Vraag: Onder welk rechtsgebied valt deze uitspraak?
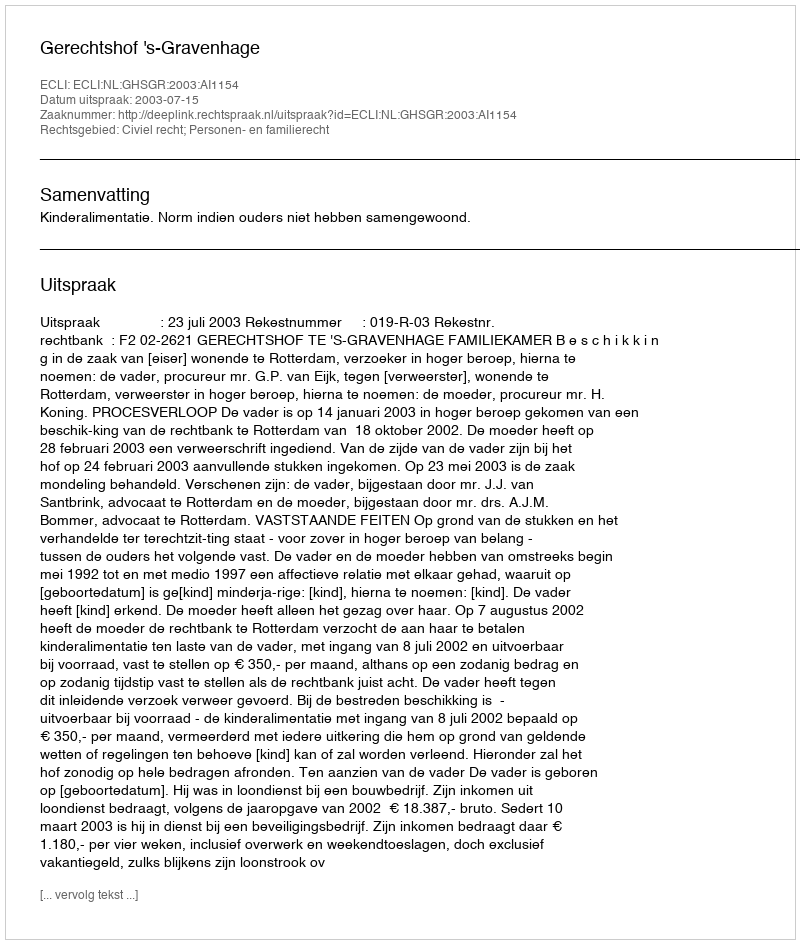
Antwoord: Civiel recht; Personen- en familierecht